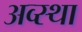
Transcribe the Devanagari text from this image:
अव्स्था